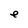
Character: e